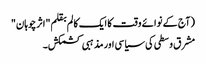
(آج کے نوائے وقت کا ایک کالم بقلم "اثرچوہان"
مشرق وسطی کی سیاسی اور مذہبی کشمکش۔